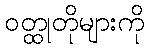
ဝတ္ထုတိုများကို